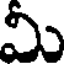
మీ